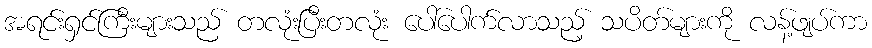
အရင်းရှင်ကြီးများသည် တလုံးပြီးတလုံး ပေါ်ပေါက်လာသည့် သပိတ်များကို လန့်ဖျပ်ကာ